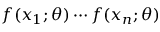
f ( x _ { 1 } ; \theta ) \cdots f ( x _ { n } ; \theta )